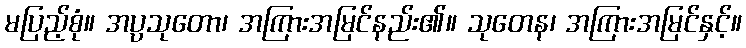
မပြည့်စုံ။ အပ္ပသုတော၊ အကြားအမြင်နည်း၏။ သုတေန၊ အကြားအမြင်နှင့်။